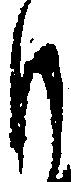
も